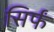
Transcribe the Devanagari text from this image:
सिर्फं